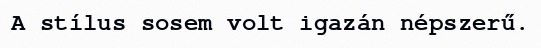
A stílus sosem volt igazán népszerű.